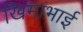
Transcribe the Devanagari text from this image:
खिमाभाई